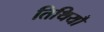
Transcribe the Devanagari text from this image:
तिथियौ